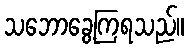
သဘောခွေ့ကြရသည်။